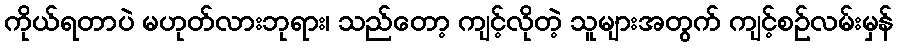
ကိုယ်ရတာပဲ မဟုတ်လားဘုရား၊ သည်တော့ ကျင့်လိုတဲ့ သူများအတွက် ကျင့်စဉ်လမ်းမှန်